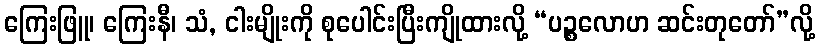
ကြေးဖြူ၊ ကြေးနီ၊ သံ, ငါးမျိုးကို စုပေါင်းပြီးကျိုထားလို့ “ပဉ္စလောဟ ဆင်းတုတော်”လို့